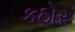
કઠોર